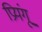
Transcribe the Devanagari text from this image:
प्रियंगू